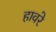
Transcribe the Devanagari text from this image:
हावरे